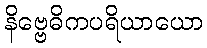
နိဗ္ဗေဓိကပရိယာယော